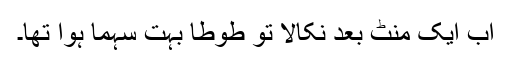
اب ایک منٹ بعد نکالا تو طوطا بہت سہما ہوا تھا۔